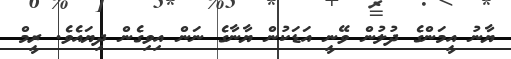
ޔާނު އީމަންގެ ދުލުން ވޭނީ އަޑަކުން ޔާނާގެ ނަން އިވިގެން ދިޔައެވެ. ރީމް